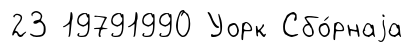
23 19791990 Уорк Сбо́рнаjа